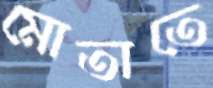
মোতাতে